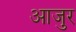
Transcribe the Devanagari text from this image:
आजुर